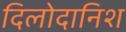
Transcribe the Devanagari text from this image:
दिलोदानिश